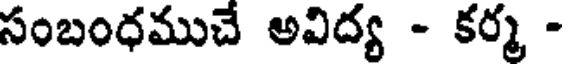
సంబంధముచే అవిద్య - కర్మ -